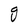
Character: g